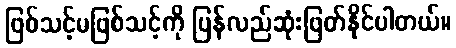
ဖြစ်သင့်မဖြစ်သင့်ကို ပြန်လည်ဆုံးဖြတ်နိုင်ပါတယ်။